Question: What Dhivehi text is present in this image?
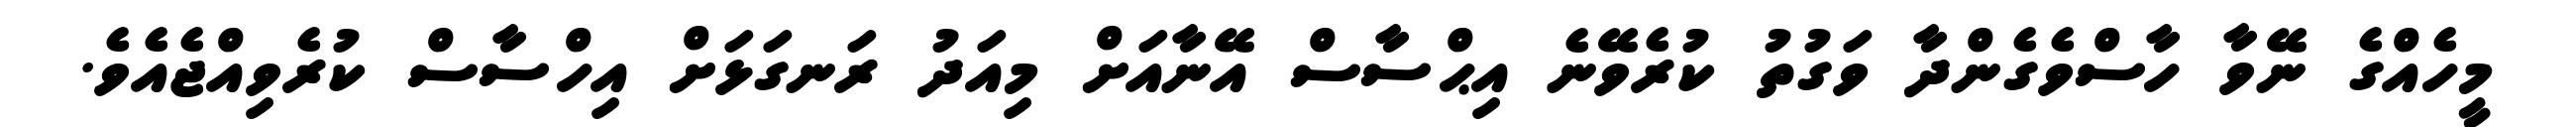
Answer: މީހެއްގެ ނޭވާ ހާސްވެގެންދާ ވަގުތު ކުރެވޭނެ އިޙްސާސް އޭނާއަށް މިއަދު ރަނގަޅަށް އިހްސާސް ކުރެވިއްޖެއެވެ.